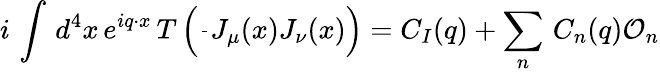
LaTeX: i\, \int\, d^{4}x\, e^{iq\cdot x}\, T\left(\frac{}{}J_{\mu}(x)J_{\nu}(x)\right)=C_{I}(q)+\sum_{n}\, C_{n}(q){\cal O}_{n}